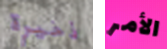
ذخيرة الأمر